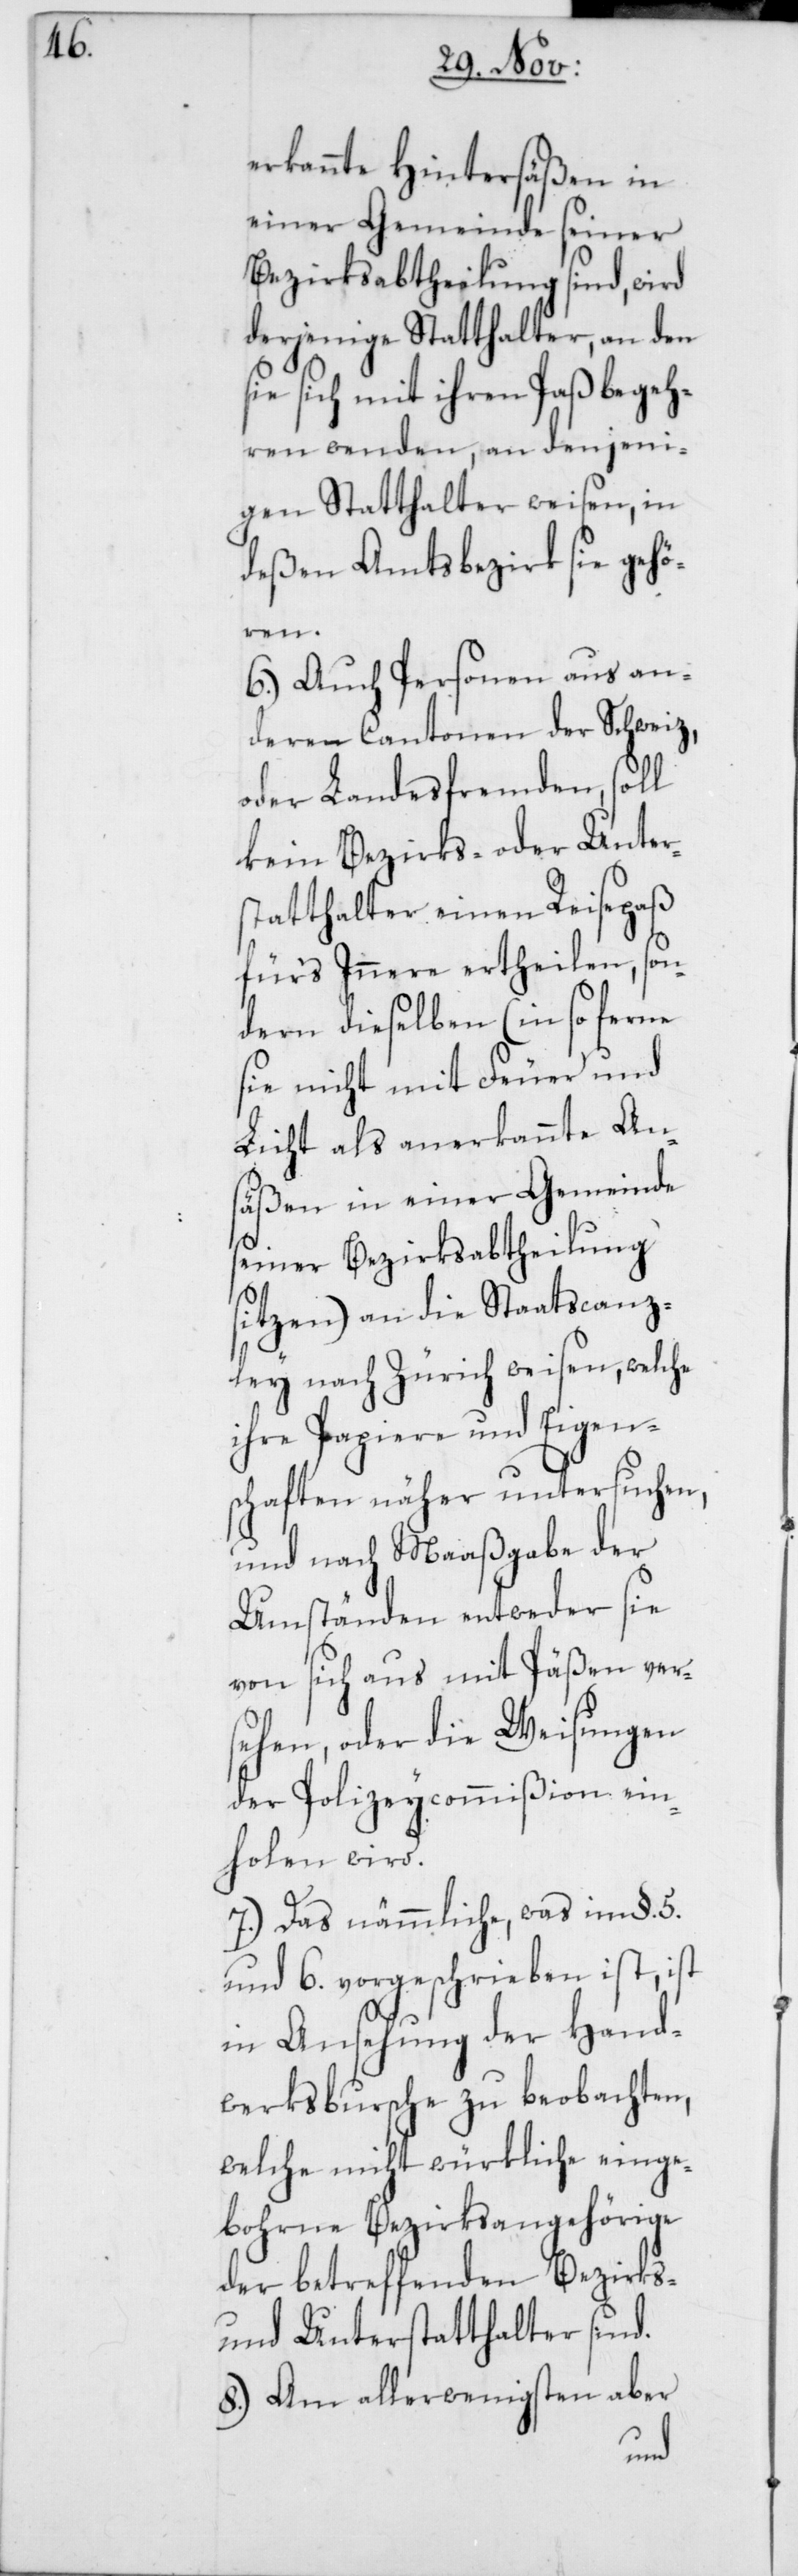
erkannte Hintersäßen in
einer Gemeinde seiner
Bezirksabtheilung sind, wird
derjenige Statthalter, an den
sie sich mit ihrem Paßbegeh¬
ren wenden, an denjeni¬
gen Statthalter weisen, in
deßen Amtsbezirk sie gehö¬
ren.
6.) Auch Personen aus an¬
deren Cantonen der Schweiz,
oder Landesfremden, soll
kein Bezirks- oder Unter¬
statthalter einen Reisepaß
fürs Innere ertheilen, son¬
dern dieselben (in so ferne
sie nicht mit Feuer und
Licht als anerkannte An¬
säßen in einer Gemeinde
seiner Bezirksabtheilung
sitzen) an die Staatscanz¬
ley nach Zürich weisen, welche
ihre Papiere und Eigen¬
schaften näher untersuchen,
und nach Maaßgabe der
Umständen entweder sie
von sich aus mit Päßen ver¬
sehen, oder die Weisungen
der Polizeycommißion ein¬
holen wird.
7.) Das nämmliche, was im §. 5.
und 6. vorgeschrieben ist, ist
in Ansehung der Hand¬
werksburschen zu beobachten,
welche nicht würkliche einge¬
borne Bezirksangehörige
der betreffenden Bezirks-
und Unterstatthalter sind.
8.) Am allerwenigsten aber